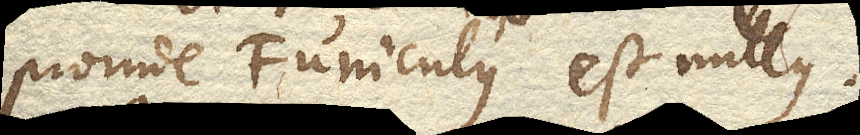
proinde Funiculus est nullus.